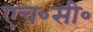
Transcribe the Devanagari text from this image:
एच॰सी॰